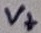
Text: V+